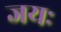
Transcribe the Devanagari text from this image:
जयः